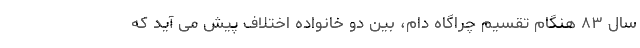
سال ۸۳ هنگام تقسیم چراگاه دام، بین دو خانواده اختلاف پیش می آید که